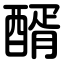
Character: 醑